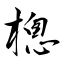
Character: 樬